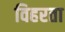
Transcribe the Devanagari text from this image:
विहरता